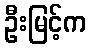
ဦးမြင့်က